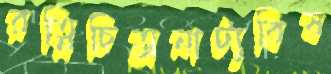
রত্নিচিত্রনাট্যবিষ